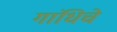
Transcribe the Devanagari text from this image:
गांधिचे